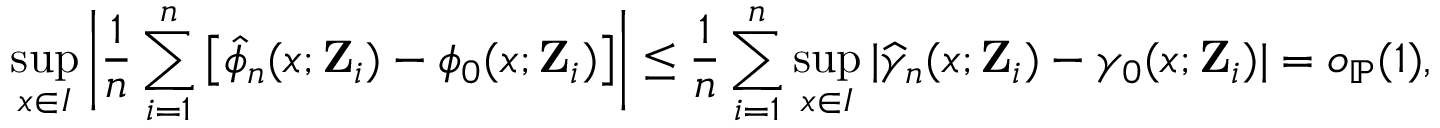
\operatorname* { s u p } _ { x \in I } \bigg | \frac { 1 } { n } \sum _ { i = 1 } ^ { n } \big [ \widehat { \phi } _ { n } ( x ; \mathbf { Z } _ { i } ) - \phi _ { 0 } ( x ; \mathbf { Z } _ { i } ) \big ] \bigg | \leq \frac { 1 } { n } \sum _ { i = 1 } ^ { n } \operatorname* { s u p } _ { x \in I } | \widehat { \gamma } _ { n } ( x ; \mathbf { Z } _ { i } ) - \gamma _ { 0 } ( x ; \mathbf { Z } _ { i } ) | = o _ { \mathbb { P } } ( 1 ) ,